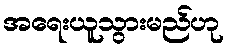
အရေးယူသွားမည်ဟု